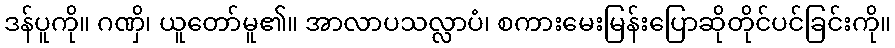
ဒန်ပူကို။ ဂဏှိ၊ ယူတော်မူ၏။ အာလာပသလ္လာပံ၊ စကားမေးမြန်းပြောဆိုတိုင်ပင်ခြင်းကို။